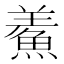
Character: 鮺